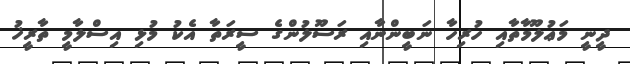
ދީނީ މަޢުލޫމާތާއި ހުރިހާ ނަބީންނާއި ރަސޫލުންގެ ސީރަތާ އެކު މުޅި އިސްލާމީ ތާރީޚު